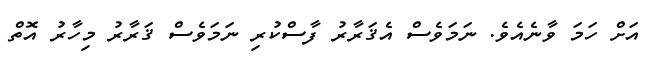
އަށް ހަމަ ވާނެއެވެ. ނަމަވެސް އެޤަރާރު ފާސްކުރި ނަމަވެސް ޤަރާރު މިހާރު އޮތް